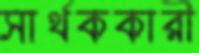
সার্থককারী